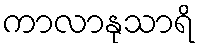
ကာလာနုသာရိ